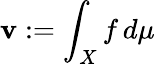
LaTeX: \mathbf{v}:=\int_{X}f\, d\mu